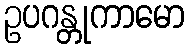
ဥပဂန္တုကာမော